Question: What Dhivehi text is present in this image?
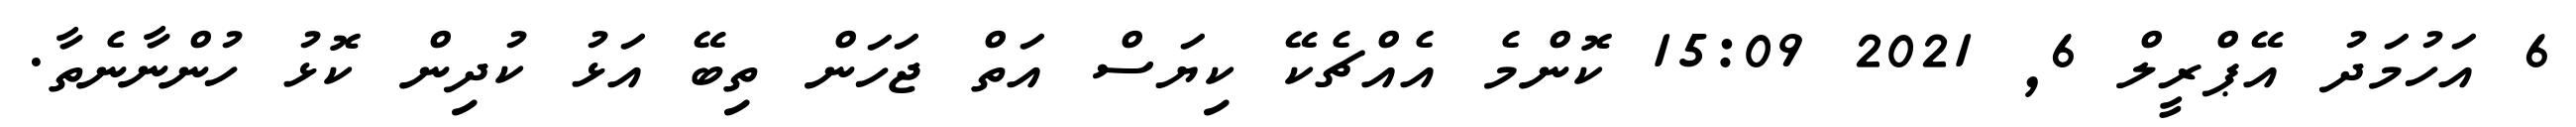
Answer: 6 އަހުމަދު އޭޕްރީލް 6, 2021 15:09 ކޮންމެ އެއްޗެކޭ ކިޔަސް އަތް ޖަހަން ތިބޭ އަޅު ކުދިން ކޮޅު ހުންނާނެތާ.